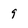
Character: 9